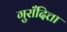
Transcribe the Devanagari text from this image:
गुराँदित्ता